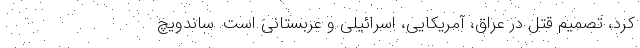
کرد، تصمیم قتل در عراق، آمریکایی، اسرائیلی و عربستانی است. ساندویچ